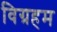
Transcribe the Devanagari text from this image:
विग्रहम